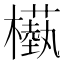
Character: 𣞕